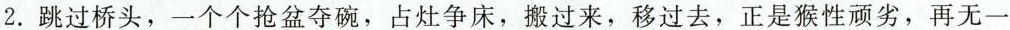
2.跳过桥头，一个个抢盆夺碗，占灶争床，搬过来，移过去，正是猴性顽劣，再无一